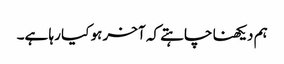
ہم دیکھنا چاہتے کہ آخر ہو کیا رہا ہے۔